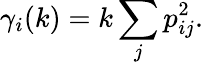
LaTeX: \gamma_{i}(k)=k\sum_{j}p_{ij}^{2}.